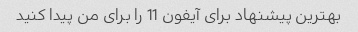
بهترین پیشنهاد برای آیفون 11 را برای من پیدا کنید